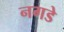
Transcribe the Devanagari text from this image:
नगडे